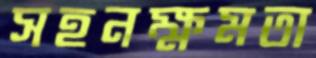
সহনক্ষমতা